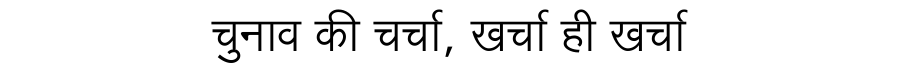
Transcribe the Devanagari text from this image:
चुनाव की चर्चा, खर्चा ही खर्चा